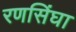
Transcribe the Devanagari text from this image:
रणसिंघा